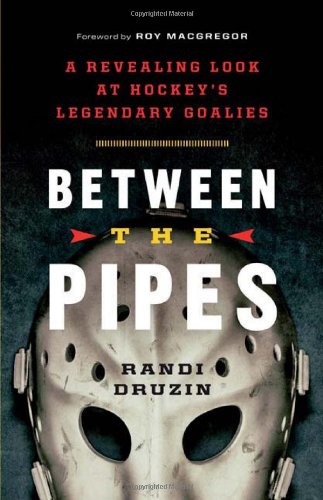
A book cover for Between the Pipes: A Revealing Look at Hockey's Legendary Goalies; Randi Druzin; Biographies & Memoirs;